Code of medical and sanitary regulations for the guidance of medical officers serving in the Madras Presidency - Volume II
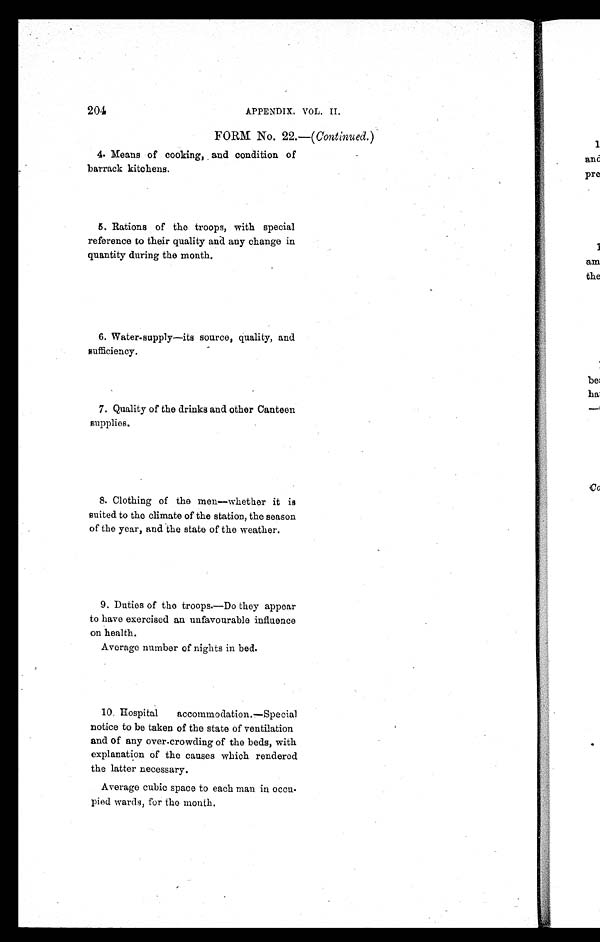
204
APPENDIX. VOL. II.
FORM No. 22.—( Continued. )
4. Means of cooking, and condition of
barrack kitchens.
5. Rations of the troops, with special
reference to their quality and any change in
quantity during the month.
6. Water-supply—its source, quality, and
sufficiency.
7. Quality of the drinks and other Canteen
supplies.
8. Clothing of the men—whether it is
suited to the climate of the station, the season
of the year, and the state of the weather.
9. Duties of the troops.—Do they appear
to have exercised an unfavourable influence
on health.
Average number of nights in bed.
10. Hospital accommodation.—Special
notice to be taken of the state of ventilation
and of any over-crowding of the beds, with
explanation of the causes which rendered
the latter necessary.
Average cubic space to each man in occu-
pied wards, for the month.